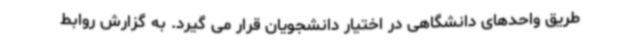
طریق واحدهای دانشگاهی در اختیار دانشجویان قرار می گیرد. به گزارش روابط